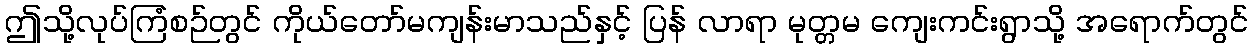
ဤသို့လုပ်ကြံစဉ်တွင် ကိုယ်တော်မကျန်းမာသည်နှင့် ပြန် လာရာ မုတ္တမ ကျေးကင်းရွာသို့ အရောက်တွင်